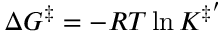
\Delta G ^ { \ddagger } = - R T \ln K ^ { \ddagger ^ { \prime } }